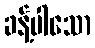
ခန့်ပါသော